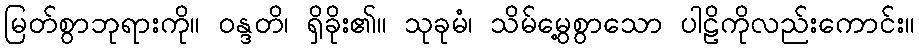
မြတ်စွာဘုရားကို။ ဝန္ဒတိ၊ ရှိခိုး၏။ သုခုမံ၊ သိမ်မွေ့စွာသော ပါဠိကိုလည်းကောင်း။